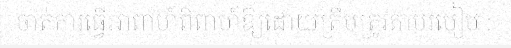
ចាត់ការធ្វើអាពាហ៍ពិពាហ៍ឱ្យដោយត្រឹមត្រូវតាមរបៀប :